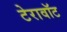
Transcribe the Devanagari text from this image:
टेरावॉट